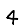
Digit: 4